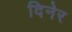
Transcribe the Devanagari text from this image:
दिनेर